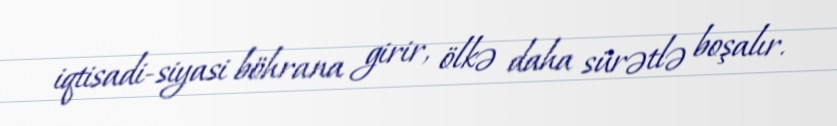
iqtisadi-siyasi böhrana girir, ölkə daha sürətlə boşalır.